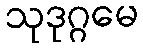
သုဒုဂ္ဂမေ